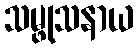
သမ္ဖုသနာယ